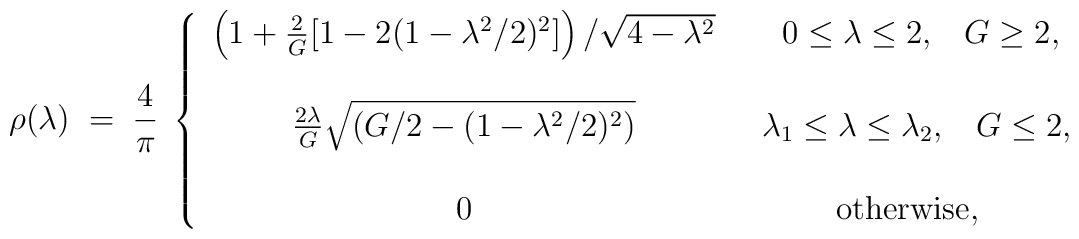
\rho(\lambda)\;=\;{4\over \pi}\;\left\{ \begin{array}{cc}\left(1 + {2\over G}[1-2(1-\lambda^2/2)^2]\right)/\sqrt{4-\lambda^2} & \;\;\;0\leq\lambda\leq 2,\;\;\; G \geq 2, \\ \\{2\lambda\over G}\sqrt{\left(G/2-(1-\lambda^2/2)^2\right)}& \;\;\lambda_1\leq\lambda\leq \lambda_2,\;\;\;G \leq 2, \\ \\0 & \hbox{otherwise},\end{array}\right.